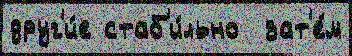
друг'и́е стаб'и́льно  зат'е́м